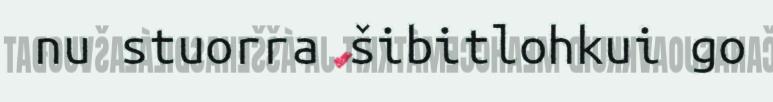
nu stuorra šibitlohkui go